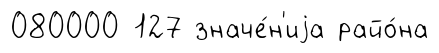
080000 127 значе́н'иjа райо́на